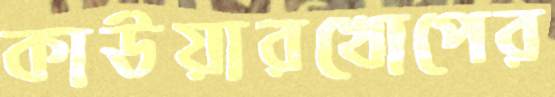
কাউয়ারখোপের